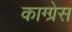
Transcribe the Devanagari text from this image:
काग्ग्रेस